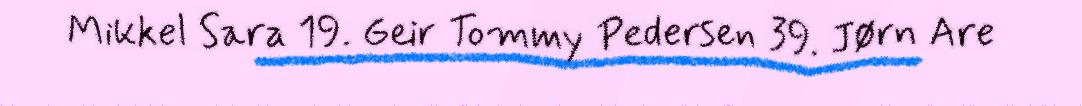
Mikkel Sara 19. Geir Tommy Pedersen 39. Jørn Are